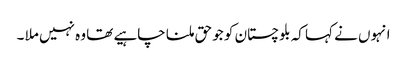
انہوں نے کہا کہ بلوچستان کو جو حق ملنا چاہیے تھا وہ نہیں ملا ۔